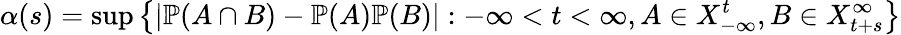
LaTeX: \alpha(s)=\operatorname*{sup}\left\{ |\mathbb{P}(A\cap B)-\mathbb{P}(A)\mathbb{P}(B)|:-\infty<t<\infty,A\in X_{-\infty}^{t},B\in X_{t+s}^{\infty}\right\}